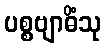
ပစ္စဗျာဓိံသု